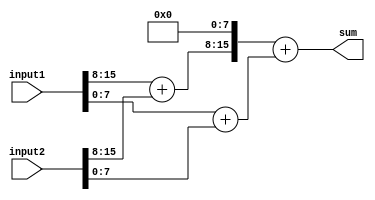
module fixed_point_adder (
    input [15:0] input1,
    input [15:0] input2,
    output reg [15:0] sum
);

reg [7:0] section1, section2, section3;
reg [15:0] intermediate_result1, intermediate_result2;

always @* begin
    // Divide input numbers into sections
    section1 = input1[15:8];
    section2 = input1[7:0];
    section3 = input2[15:8];
    
    // Perform addition in each section
    intermediate_result1 = section1 + section3;
    intermediate_result2 = section2 + input2[7:0];
    
    // Combine intermediate results to get final sum
    sum = (intermediate_result1 << 8) + intermediate_result2;
end

endmodule